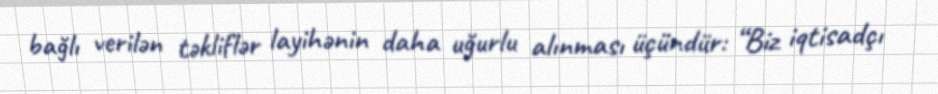
bağlı verilən təkliflər layihənin daha uğurlu alınması üçündür: “Biz iqtisadçı